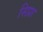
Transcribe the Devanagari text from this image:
सिप्रा